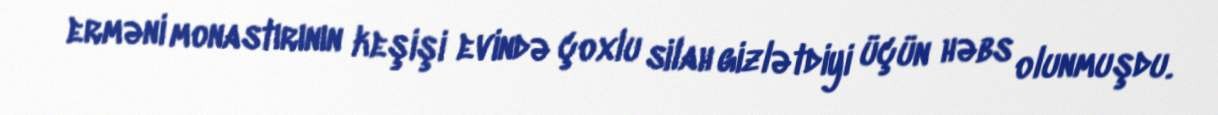
erməni monastırının keşişi evində çoxlu silah gizlətdiyi üçün həbs olunmuşdu.